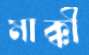
মাক্কী